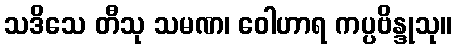
သဒိသေ တီသု သမဏ၊ ဝေါဟာရ ကပ္ပဗိန္ဒုသု။